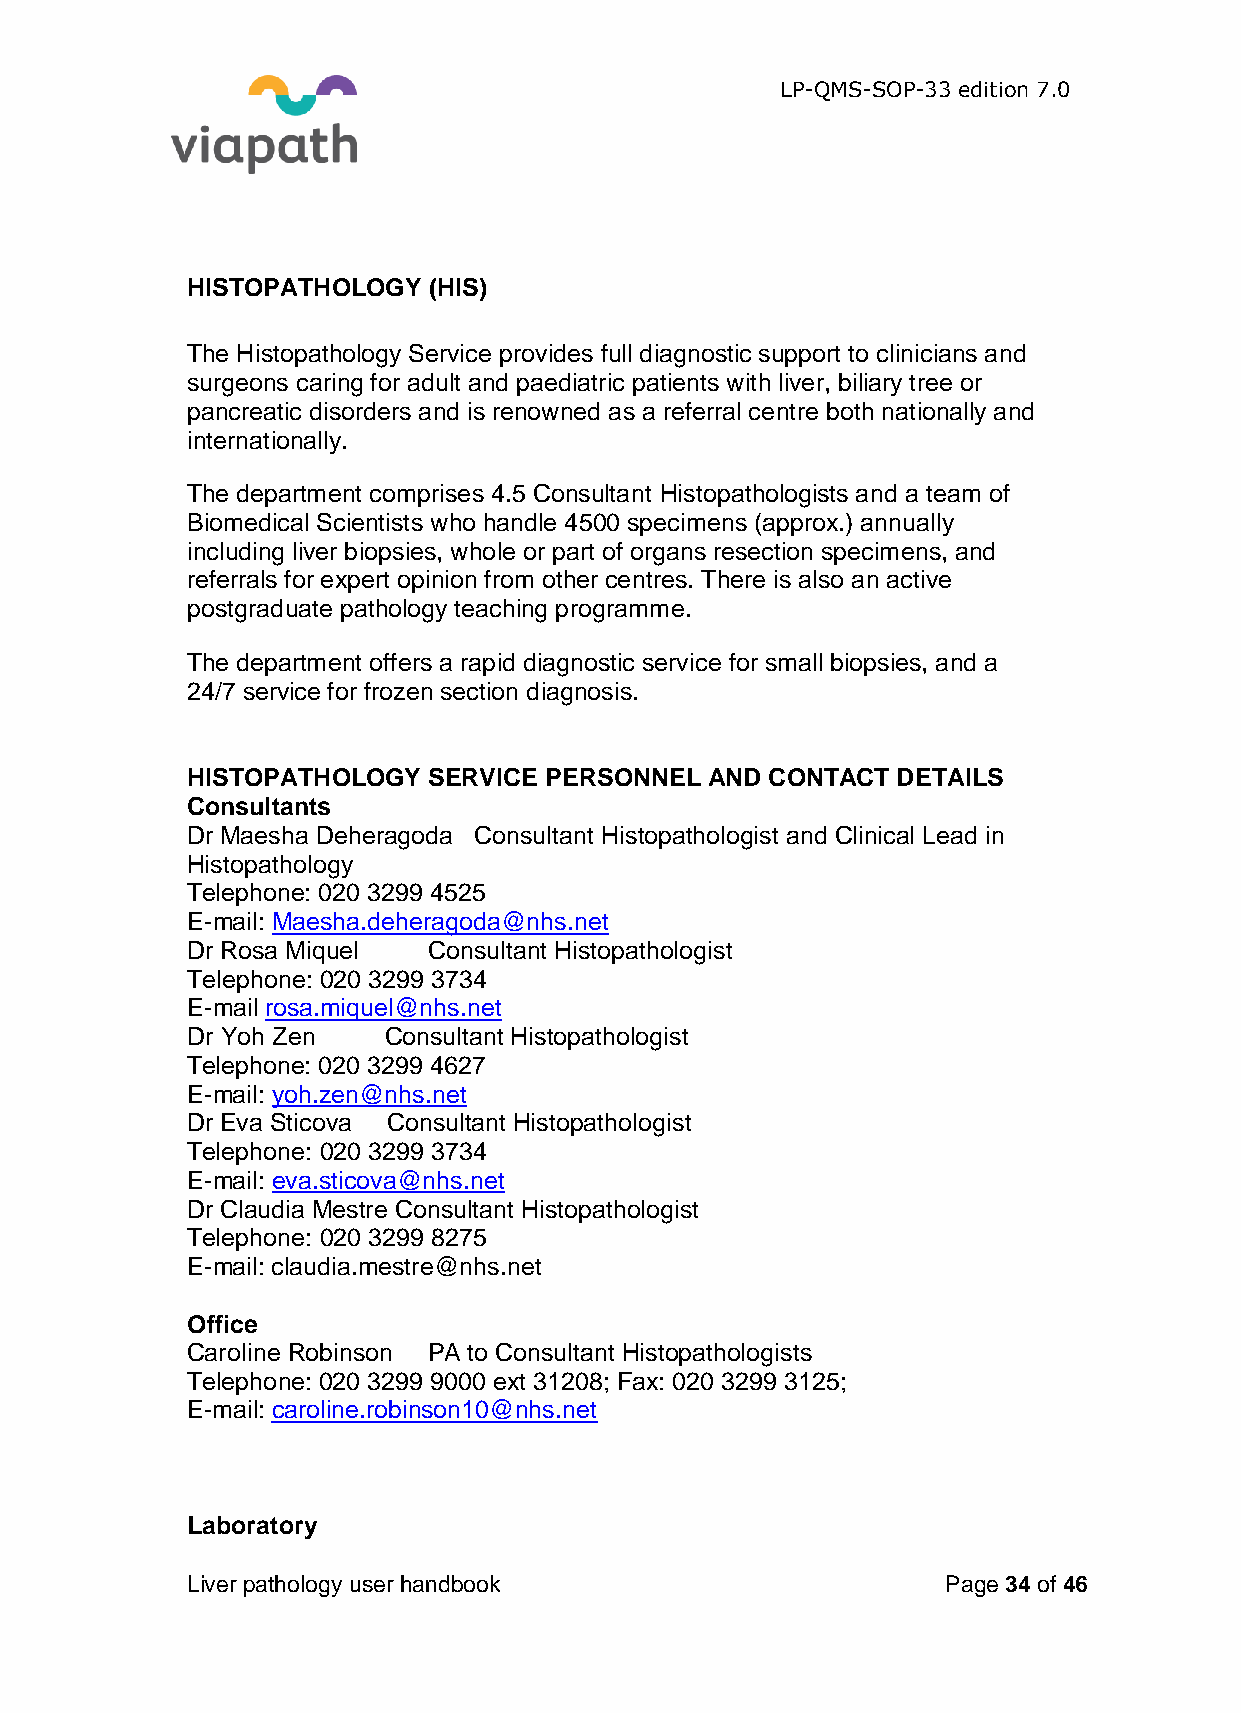
LP-QMS-SOP-33 edition 7.0
 HISTOPATHOLOGY  (HIS)
 The Histopathology Service provides full diagnostic support to clinicians and
 surgeons caring for adult and paediatric patients with liver, biliary tree or
 pancreatic disorders and is renowned as a referral centre both nationally and
 internationally.
 The department comprises 4.5 Consultant Histopathologists and a team of
 Biomedical Scientists who handle 4500 specimens (approx.) annually
 including liver biopsies, whole or part of organs resection specimens, and
 referrals for expert opinion from other centres. There is also an active
 postgraduate pathology teaching programme.
 The department offers a rapid diagnostic service for small biopsies, and a
 24/7 service for frozen section diagnosis.
 HISTOPATHOLOGY  SERVICE PERSONNEL  AND CONTACT DETAILS
 Consultants
 Dr Maesha Deheragoda Consultant Histopathologist and Clinical Lead in
 Histopathology
 Telephone: 020 3299 4525
 E-mail: Maesha.deheragoda@nhs.net
 Dr Rosa Miquel  Consultant Histopathologist
 Telephone: 020 3299 3734
 E-mail rosa.miquel@nhs.net
 Dr Yoh Zen   Consultant Histopathologist
 Telephone: 020 3299 4627
 E-mail: yoh.zen@nhs.net
 Dr Eva Sticova Consultant Histopathologist
 Telephone: 020 3299 3734
 E-mail: eva.sticova@nhs.net
 Dr Claudia Mestre Consultant Histopathologist
 Telephone: 020 3299 8275
 E-mail: claudia.mestre@nhs.net
 Office
 Caroline Robinson PA to Consultant Histopathologists
 Telephone: 020 3299 9000 ext 31208; Fax: 020 3299 3125;
 E-mail: caroline.robinson10@nhs.net
 Laboratory
 Liver pathology user handbook                      Page 34 of 46